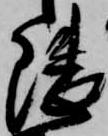
隈